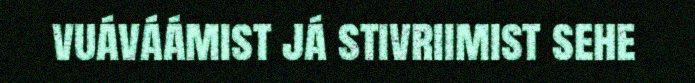
vuáváámist já stivriimist sehe